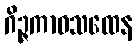
ဂိဉ္ဇကာဝသထေန